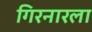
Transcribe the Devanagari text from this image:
गिरनारला